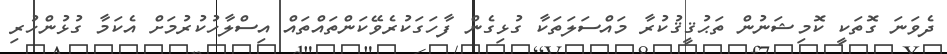
ދެވަނަ ގޮތަކީ ކޮމިޝަނުން ތަޙުޤީޤުކުރާ މައްސަލަތަކާ ގުޅިގެން ފާހަގަކުރެވޭކަންތައްތައް އިސްލާހުކުރުމަށް އެކަމާ ގުޅުންހުރި